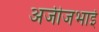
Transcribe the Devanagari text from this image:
अजीजभाई